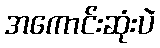
အကောင်းဆုံးပဲ